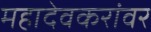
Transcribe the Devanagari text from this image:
महादेवकरांवर